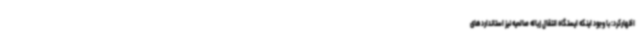
اظهارکرد: با وجود اینکه ایستگاه انتقال زباله صالحیه نیز استانداردهای